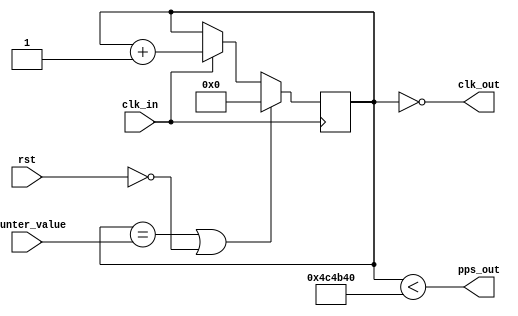
module pulsepersecond (
    input clk_in,
    input [23:0] counter_value,
    output clk_out,
    output pps_out,
    input rst
    );

    //-- divisor register
    reg [23:0] divcounter;
    reg pps_pwm;
    wire overflow;

    assign overflow = (divcounter == counter_value);

    always @(posedge clk_in) begin
        if (overflow | rst == 0) begin
            divcounter <= 0;
        end
        else if (clk_in) begin
            divcounter <= divcounter + 1;
        end
    end

    assign clk_out = (divcounter == 24'h000000);
    assign pps_out = (divcounter < 24'h4C4B40);
endmodule